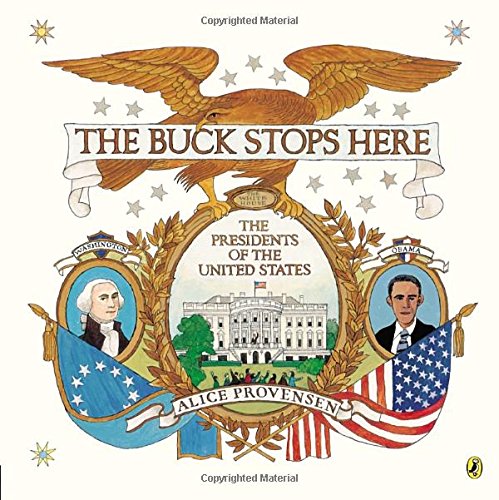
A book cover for The Buck Stops Here; Alice Provensen; Children's Books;